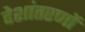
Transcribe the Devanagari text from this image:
देशांतरणों